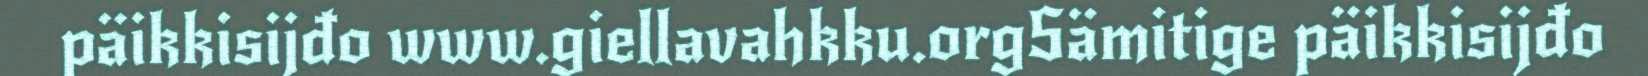
päikkisijđo www.giellavahkku.orgSämitige päikkisijđo